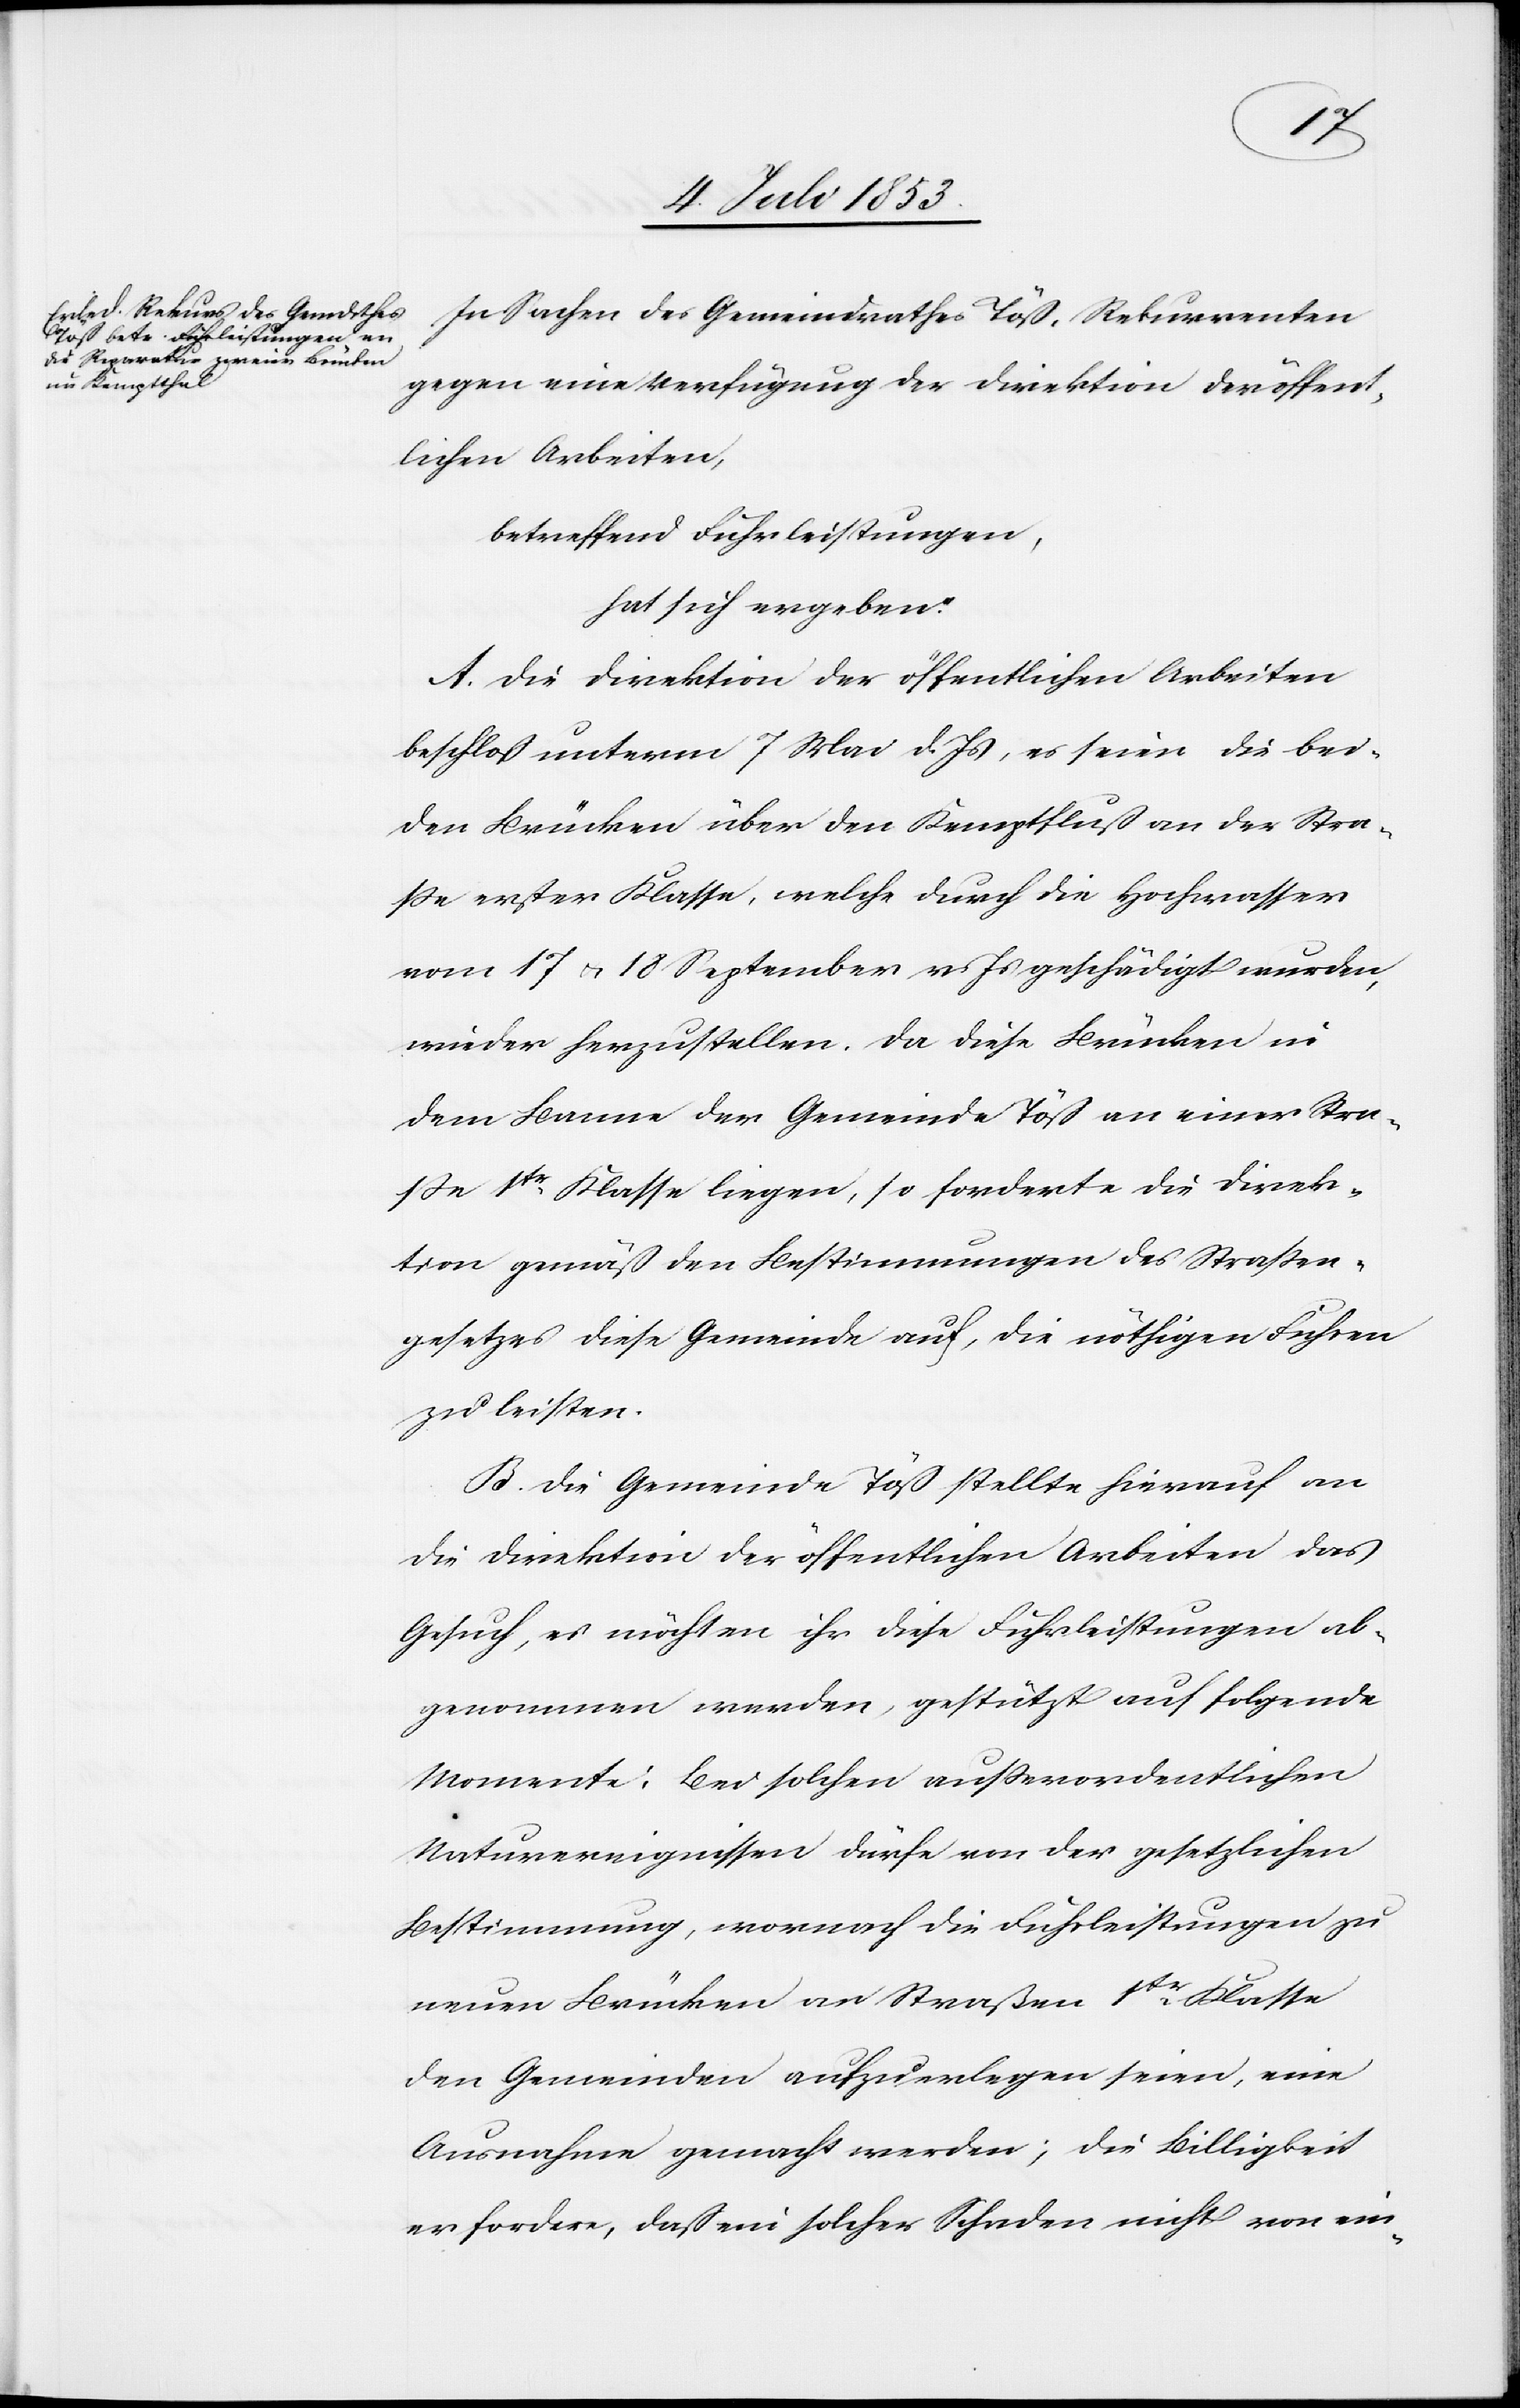
In Sachen des Gemeindrathes Töß, Rekurrenten
gegen eine Verfügung der Direktion der öffent¬
lichen Arbeiten,
betreffend Fuhrleistungen,
hat sich ergeben:
A. Die Direktion der öffentlichen Arbeiten
beschloß unterm 7 Mai d. Js., es seien die bei¬
den Brücken über den Kemptfluß an der Stra¬
ße erster Klasse, welche durch die Hochwasser
vom 17 u. 18 September v. Js. geschädigt wurden,
wieder herzustellen. Da diese Brücken in
dem Lemma der Gemeinde Töß an einer Stra¬
ße 1tr Klasse liegen, so forderte die Direk¬
tion gemäß den Bestimmungen des Straßen¬
gesetzes diese Gemeinde auf, die nöthigen Fuhren
zu leisten.
B. Die Gemeinde Töß stellte hierauf an
die Direktion der öffentlichen Arbeiten das
Gesuch, es möchten ihr diese Fuhrleistungen ab¬
genommen werden, gestützt auf folgende
Momente: Bei solchen außerordentlichen
Naturereignissen dürfe von der gesetzlichen
Bestimmung, wonach die Fuhrleistungen zu
neuen Brücken an Straßen 1tr Klasse
den Gemeinden aufzuerlegen seien, eine
Ausnahme gemacht werden; die Billigkeit
erfordere, daß ein solcher Schaden nicht von ein-